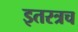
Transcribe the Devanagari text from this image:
इतरत्रच